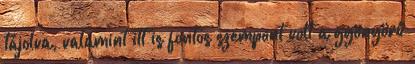
tájolva, valamint itt is fontos szempont volt a gyönyörű